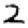
Digit: 2